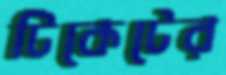
টিকেটের